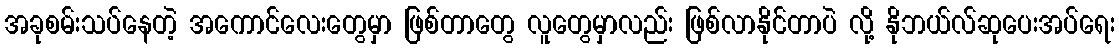
အခုစမ်းသပ်နေတဲ့ အကောင်လေးတွေမှာ ဖြစ်တာတွေ လူတွေမှာလည်း ဖြစ်လာနိုင်တာပဲ လို့ နိုဘယ်လ်ဆုပေးအပ်ရေး